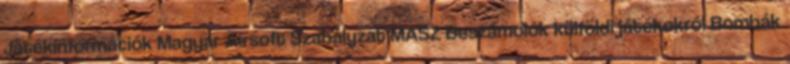
Játékinformációk Magyar Airsoft Szabályzat MASZ Beszámolók külföldi játékokról Bombák